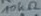
Text: 10kΩ